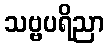
သဗ္ဗပရိညာ